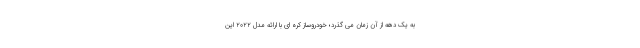
به یک دهه از آن زمان می گذرد؛ خودروساز کره ای با ارائه مدل 2022 این